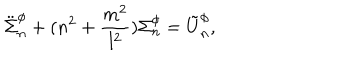
LaTeX: \ddot { \Sigma } _ { n } ^ { \phi } + ( n ^ { 2 } + \frac { m ^ { 2 } } { l ^ { 2 } } ) \Sigma _ { n } ^ { \phi } = \tilde { U } _ { n } ^ { \phi } ,